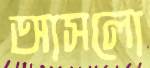
আসলো